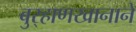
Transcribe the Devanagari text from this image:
बुर्‍हाणखानाने